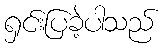
ရှင်းပြခဲ့ပါသည်